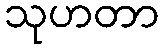
သုဟတာ